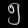
Digit: ၅